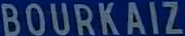
BOURKAIZ